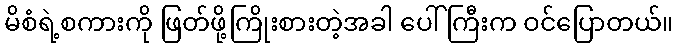
မိစံရဲ့စကားကို ဖြတ်ဖို့ကြိုးစားတဲ့အခါ ပေါ်ကြီးက ဝင်ပြောတယ်။